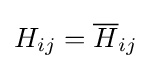
H_{ij}={\overline {H}}_{ij}